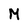
Character: M